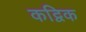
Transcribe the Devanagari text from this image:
कद्विक